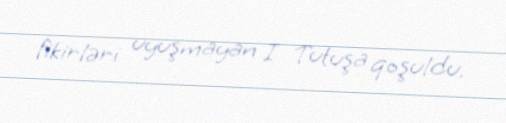
fikirləri uyuşmayan I Tutuşa qoşuldu.